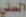
السني